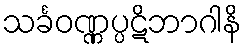
သင်္ခဝဏ္ဏပ္ပဋိဘာဂါနိ